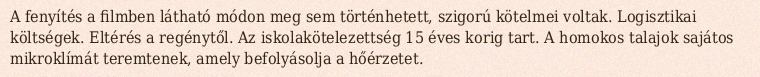
A fenyítés a filmben látható módon meg sem történhetett, szigorú kötelmei voltak. Logisztikai költségek. Eltérés a regénytől. Az iskolakötelezettség 15 éves korig tart. A homokos talajok sajátos mikroklímát teremtenek, amely befolyásolja a hőérzetet.